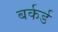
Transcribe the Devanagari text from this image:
बर्कर्ड